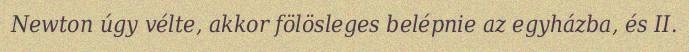
Newton úgy vélte, akkor fölösleges belépnie az egyházba, és II.